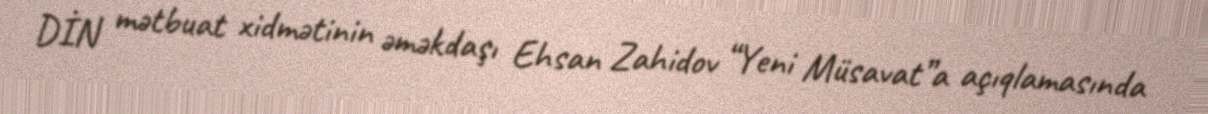
DİN mətbuat xidmətinin əməkdaşı Ehsan Zahidov “Yeni Müsavat”a açıqlamasında